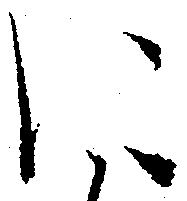
に